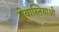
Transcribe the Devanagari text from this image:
सेबास्तियाओ